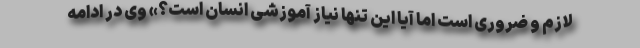
لازم و ضروری است اما آیا این تنها نیاز آموزشی انسان است؟» وی در ادامه